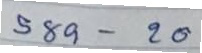
589 - 20